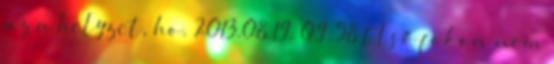
az a helyzet, ho. 2013.08.19. 09:58 Első fokon nem